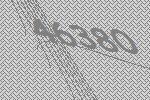
46380